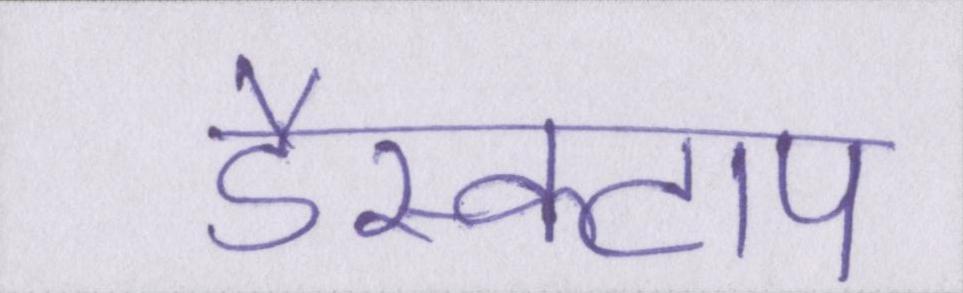
डैस्कटाप